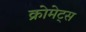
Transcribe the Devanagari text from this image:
क्रोमेट्स